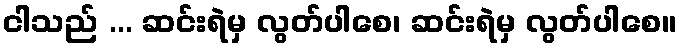
ငါသည် ... ဆင်းရဲမှ လွတ်ပါစေ၊ ဆင်းရဲမှ လွတ်ပါစေ။